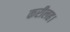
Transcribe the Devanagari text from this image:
करीलह।